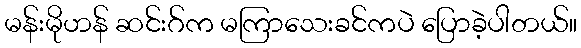
မန်းမိုဟန် ဆင်းဂ်က မကြာသေးခင်ကပဲ ပြောခဲ့ပါတယ်။